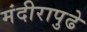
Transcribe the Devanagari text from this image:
मंदीरापुढे